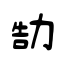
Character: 勂